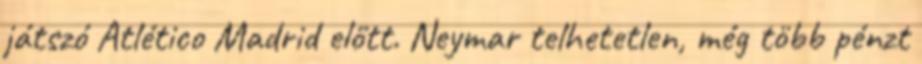
játszó Atlético Madrid előtt. Neymar telhetetlen, még több pénzt